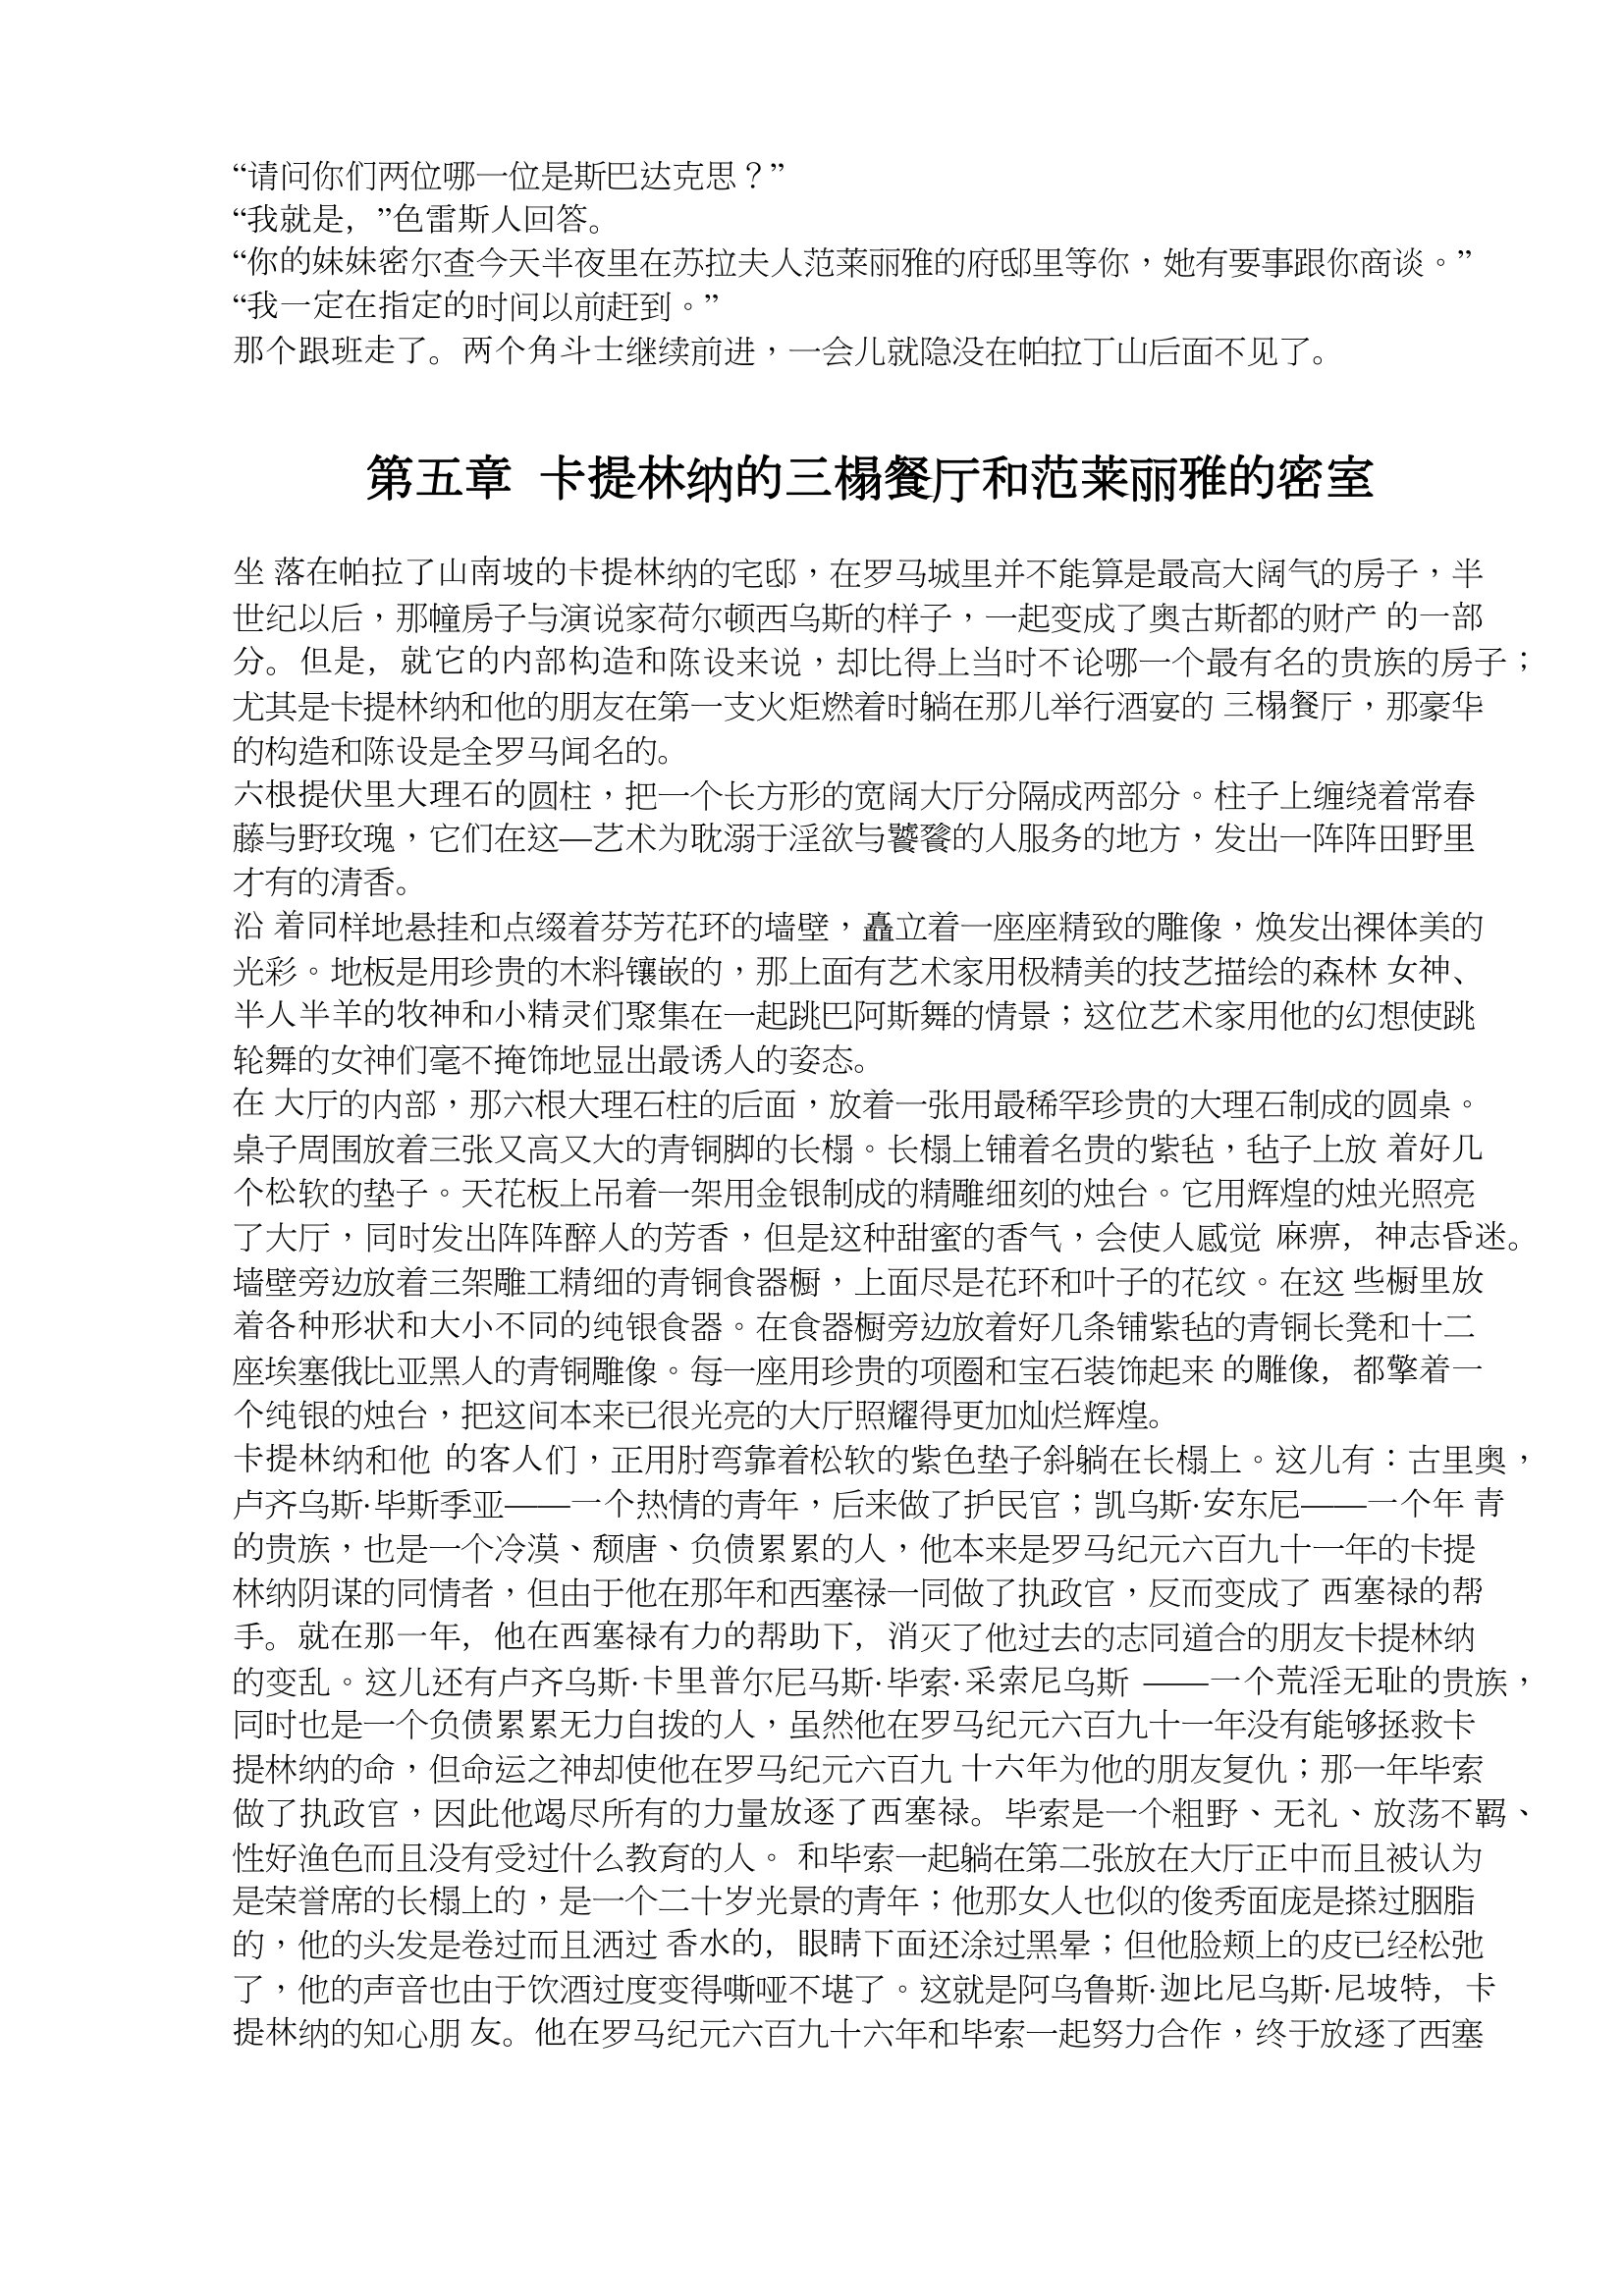
Language: zh